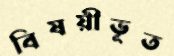
বিষয়ীভূত